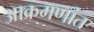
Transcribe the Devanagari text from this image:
आक्रमणांत